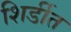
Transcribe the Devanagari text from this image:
शिर्डीत